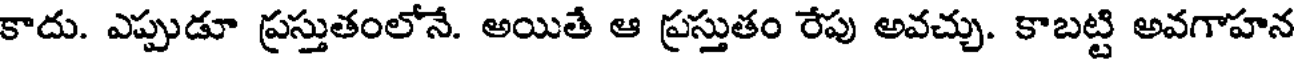
కాదు. ఎప్పుడూ ప్రస్తుతంలోనే. అయితే ఆ ప్రస్తుతం రేపు అవచ్చు. కాబట్టి అవగాహన